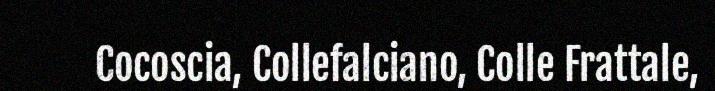
Cocoscia, Collefalciano, Colle Frattale,